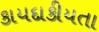
કાયદાકીયતા